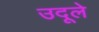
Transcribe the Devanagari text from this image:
उदूले